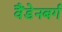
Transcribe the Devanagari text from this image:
वैंडेनबर्ग